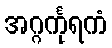
အဂ္ဂင်္ကုရကံ